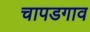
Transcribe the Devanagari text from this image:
चापडगाव